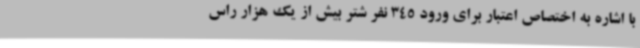
با اشاره به اختصاص اعتبار برای ورود 345 نفر شتر بیش از یک هزار راس